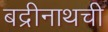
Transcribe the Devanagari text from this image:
बद्रीनाथची